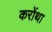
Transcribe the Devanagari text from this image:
करोंथा